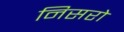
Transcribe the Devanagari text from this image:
निसरो